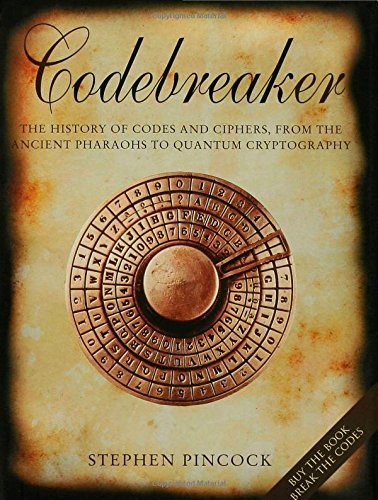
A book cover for Codebreaker: The History of Codes and Ciphers; Stephen Pincock; Computers & Technology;